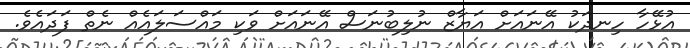
އުޅޭހާ ހިނދަކު އޭނައަށް އަޔާޒް ނުލިބުނަސް އޭނައަށް ވަކި މައްސަލައެއް ނެތް ފަދައެވެ.